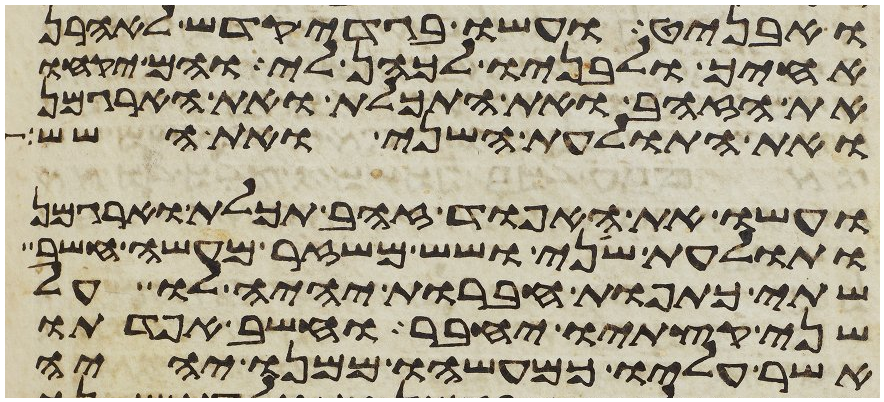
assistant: ואבניט ועשו בגדי קדש לאהרן
אחיך ולבניו לכהן לי והם יקחו
את הזהב ואת התכלת ואת הארגמן
ואת התולעת השני ואת השש
ועשו את האפוד זהב תכלת וארגמן
ותולעת שני ושש משזר מעשה חשב
שתי כתפות חברות יהיה לו על
שני קצתיו יחבר וחשב אפדתו
אשר עליו כמעשהו ממנו יהיה